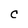
Character: C